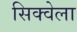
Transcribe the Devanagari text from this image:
सिक्वेला